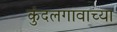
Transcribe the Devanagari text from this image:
कुंदलगावाच्या